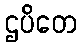
ဌပိတေ